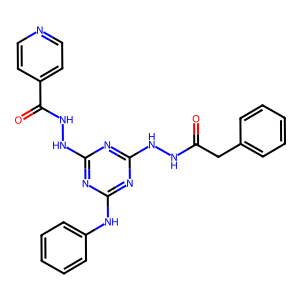
SMILES: O=C(Cc1ccccc1)NNc1nc(NNC(=O)c2ccncc2)nc(Nc2ccccc2)n1
Inhibits HIV replication: No